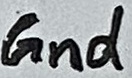
Text: Gnd